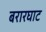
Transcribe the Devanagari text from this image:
बरारघाट